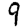
Digit: 9